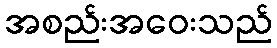
အစည်းအဝေးသည်